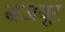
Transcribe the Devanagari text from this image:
सजबूर